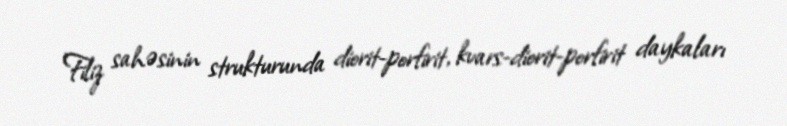
Filiz sahəsinin strukturunda diorit-porfirit, kvars-diorit-porfirit daykaları